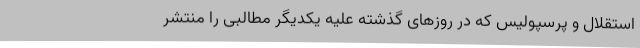
استقلال و پرسپولیس که در روزهای گذشته علیه یکدیگر مطالبی را منتشر